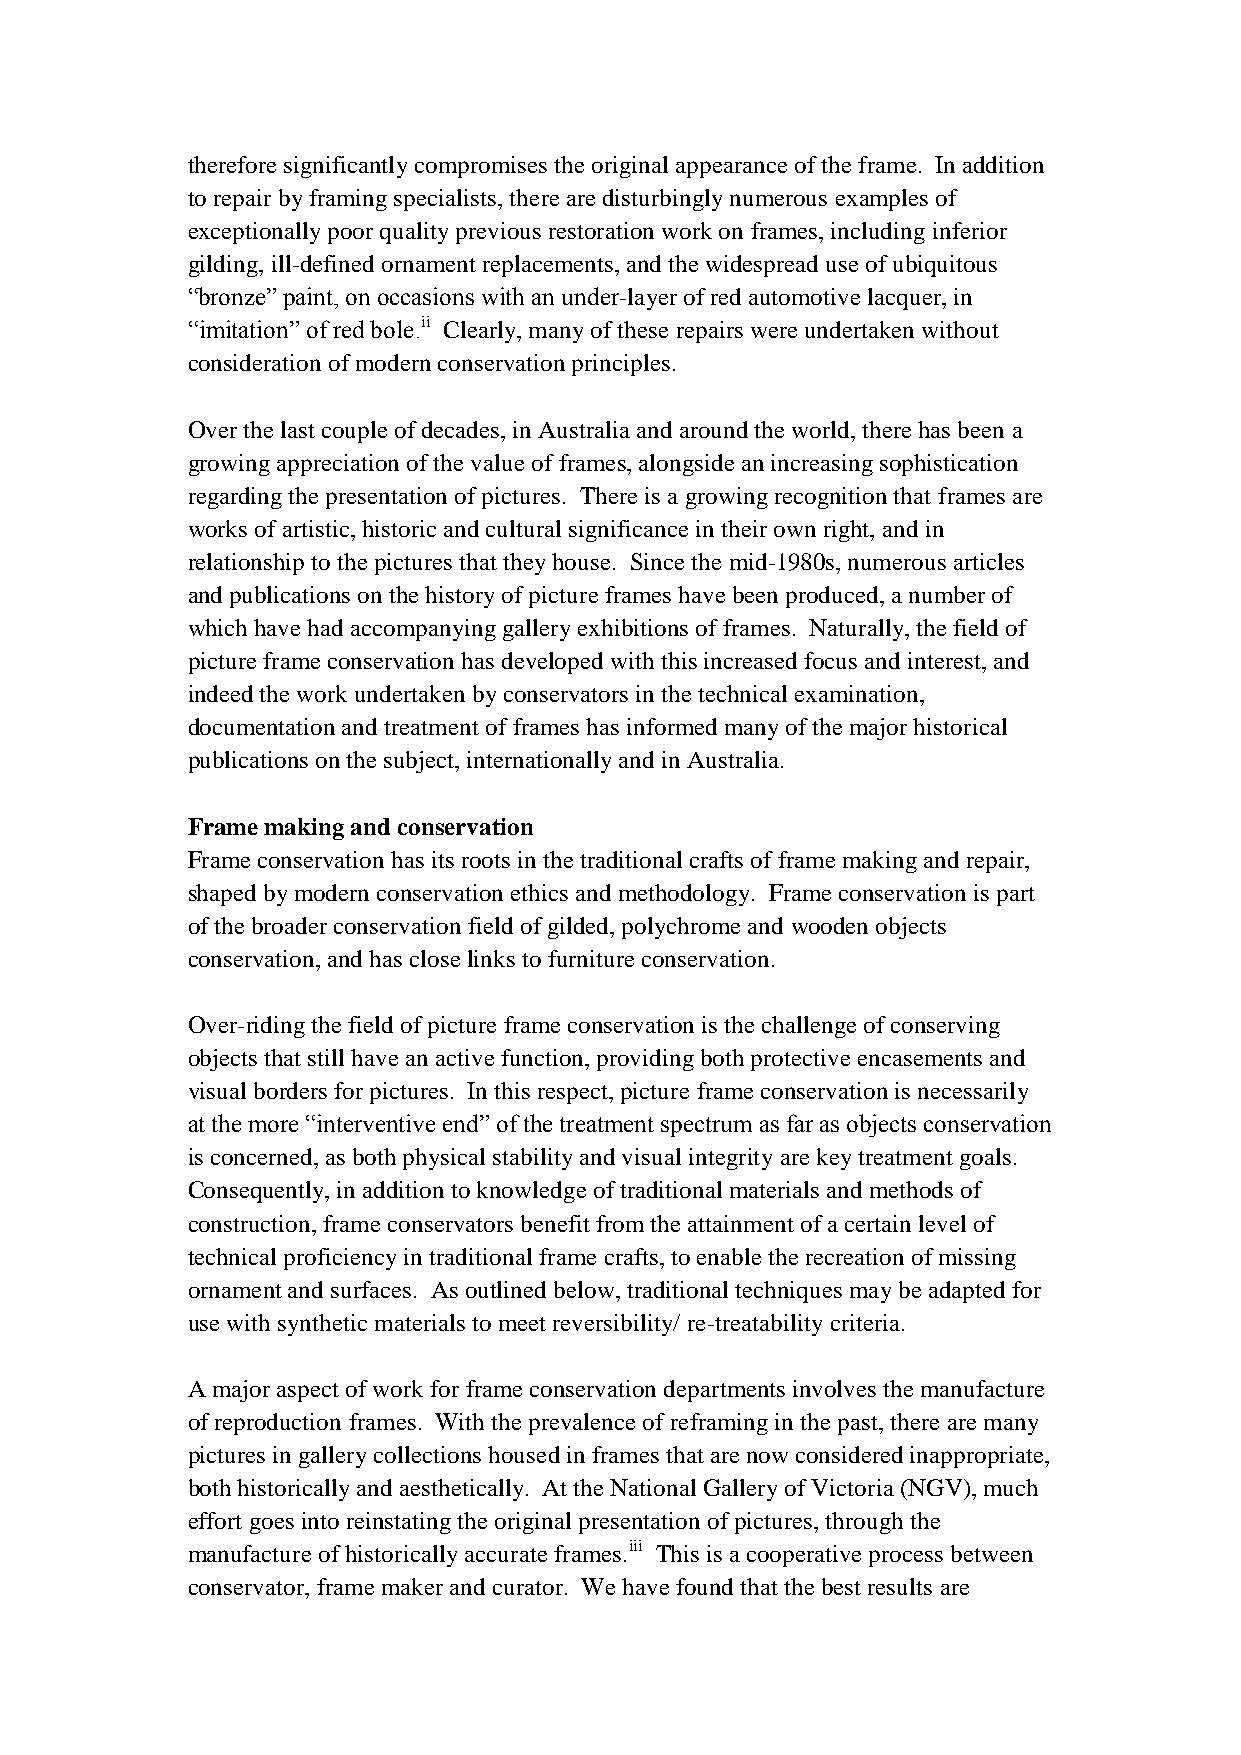
therefore significantly compromises the original appearance of the frame. In addition
 to repair by framing specialists, there are disturbingly numerous examples of
 exceptionally poor quality previous restoration work on frames, including inferior
 gilding, ill-defined ornament replacements, and the widespread use of ubiquitous
 “bronze” paint, on occasions with an under-layer of red automotive lacquer, in
 “imitation” of red bole.ii Clearly, many of these repairs were undertaken without
 consideration of modern conservation principles.
 Over the last couple of decades, in Australia and around the world, there has been a
 growing appreciation of the value of frames, alongside an increasing sophistication
 regarding the presentation of pictures. There is a growing recognition that frames are
 works of artistic, historic and cultural significance in their own right, and in
 relationship to the pictures that they house. Since the mid-1980s, numerous articles
 and publications on the history of picture frames have been produced, a number of
 which have had accompanying gallery exhibitions of frames. Naturally, the field of
 picture frame conservation has developed with this increased focus and interest, and
 indeed the work undertaken by conservators in the technical examination,
 documentation and treatment of frames has informed many of the major historical
 publications on the subject, internationally and in Australia.
 Frame making and conservation
 Frame conservation has its roots in the traditional crafts of frame making and repair,
 shaped by modern conservation ethics and methodology. Frame conservation is part
 of the broader conservation field of gilded, polychrome and wooden objects
 conservation, and has close links to furniture conservation.
 Over-riding the field of picture frame conservation is the challenge of conserving
 objects that still have an active function, providing both protective encasements and
 visual borders for pictures. In this respect, picture frame conservation is necessarily
 at the more “interventive end” of the treatment spectrum as far as objects conservation
 is concerned, as both physical stability and visual integrity are key treatment goals.
 Consequently, in addition to knowledge of traditional materials and methods of
 construction, frame conservators benefit from the attainment of a certain level of
 technical proficiency in traditional frame crafts, to enable the recreation of missing
 ornament and surfaces. As outlined below, traditional techniques may be adapted for
 use with synthetic materials to meet reversibility/ re-treatability criteria.
 A major aspect of work for frame conservation departments involves the manufacture
 of reproduction frames. With the prevalence of reframing in the past, there are many
 pictures in gallery collections housed in frames that are now considered inappropriate,
 both historically and aesthetically. At the National Gallery of Victoria (NGV), much
 effort goes into reinstating the original presentation of pictures, through the
 manufacture of historically accurate frames.iii This is a cooperative process between
 conservator, frame maker and curator. We have found that the best results are